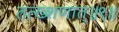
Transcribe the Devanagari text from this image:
तत्ख्शणात्॥९॥